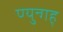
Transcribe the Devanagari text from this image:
ण्युन्गह्